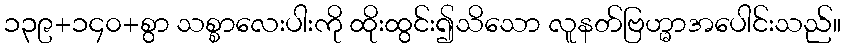
၁၃၉+၁၄၀+စွာ သစ္စာလေးပါးကို ထိုးထွင်း၍သိသော လူနတ်ဗြဟ္မာအပေါင်းသည်။